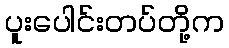
ပူးပေါင်းတပ်တို့က